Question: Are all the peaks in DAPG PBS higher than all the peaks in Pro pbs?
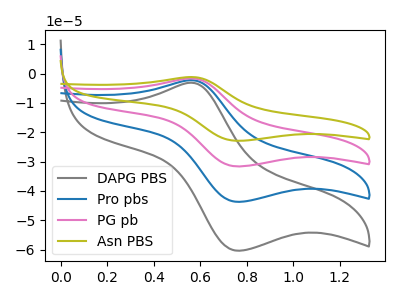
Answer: <think>The gray curve "DAPG PBS" has an anodic peak at (0.55V, -3.10uA) and a cathodic peak at (0.75V, -60.45uA). The blue curve "Pro pbs" has an anodic peak at (0.55V, -2.25uA) and a cathodic peak at (0.75V, -43.75uA). The pink curve "PG pb" has an anodic peak at (0.55V, -4.50uA) and a cathodic peak at (0.75V, -87.50uA). The olive curve "Asn PBS" has an anodic peak at (0.55V, -6.80uA) and a cathodic peak at (0.75V, -131.25uA).</think>
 <answer>The peaks in "DAPG PBS" are neither all higher or all lower than the peaks in "Pro pbs".</answer>
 <eval>mixed</eval>